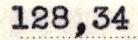
128,34